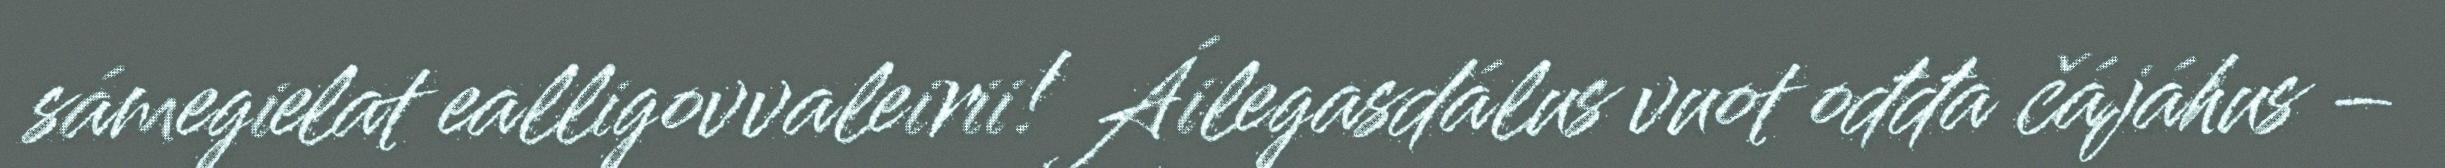
sámegielat ealligovvaleirii! Áilegasdálus vuot ođđa čájáhus –